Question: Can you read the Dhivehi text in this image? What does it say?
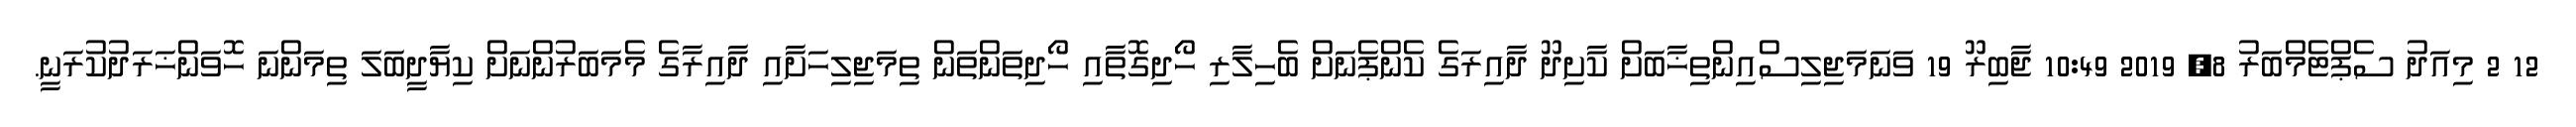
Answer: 12 2 މިއަދު ސެޕްޓެމްބަރު 8, 2019 10:49 ޖާބިރޫ 19 ވަނަމަޖިލިސްއިންތިޚާބަށް ކާށިދޫ ދާއިރަގެ ކެންޕެނަށް ބެހިލާރި ހޯދިގޮތާއި ހޯދިތަންތަން ތިމަޖިލިހަށާއި ދާއިރާގެ މެމަބަރުންނަށް ކިޔާދީބަލަ ތިމަންނަ ހޮވަންޚަރަދުކުރަނީ.